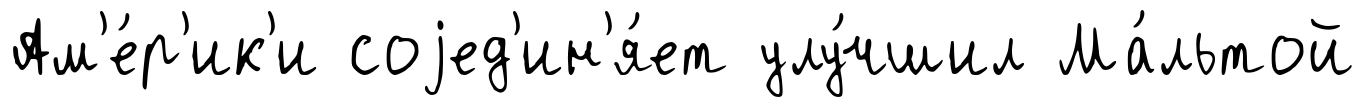
Ам'е́р'ик'и соjед'ин'я́ет улу́чшил Ма́льтой